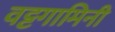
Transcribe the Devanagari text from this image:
वट्टगामिनी